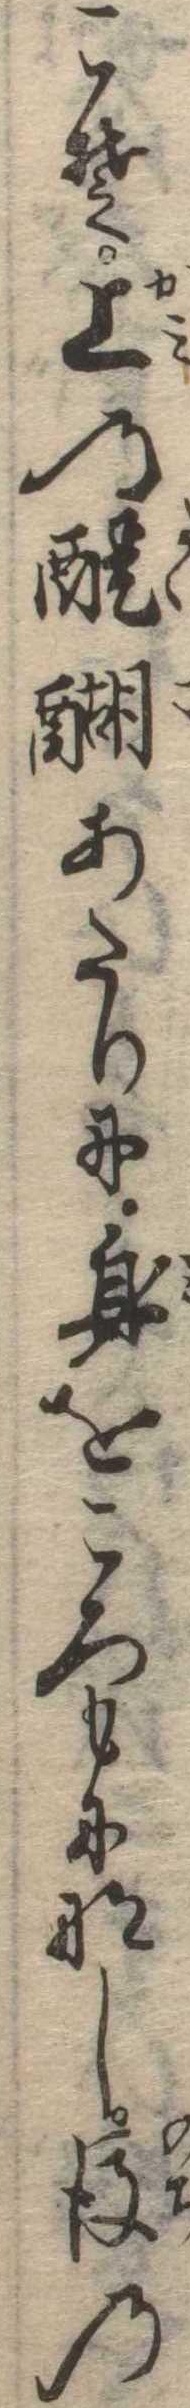
こそ上の醍醐あたりに身をころもになし後の